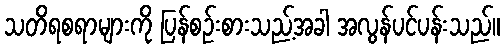
သတိရစရာများကို ပြန်စဉ်းစားသည့်အခါ အလွန်ပင်ပန်းသည်။